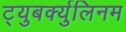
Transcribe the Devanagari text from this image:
ट्युबर्क्युलिनम